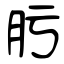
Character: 肟